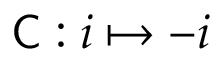
{ \mathsf { C } } : i \mapsto - i